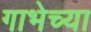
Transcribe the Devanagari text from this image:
गाभेच्या